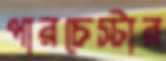
পারচেস্টার